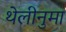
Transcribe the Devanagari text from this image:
थेलीनुमा